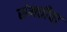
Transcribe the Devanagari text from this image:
संमतीचा